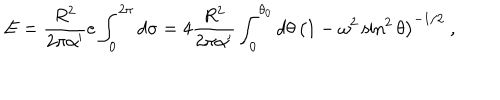
LaTeX: E = { \frac { R ^ { 2 } } { 2 \pi \alpha ^ { \prime } } } e \int _ { 0 } ^ { 2 \pi } d \sigma = 4 { \frac { R ^ { 2 } } { 2 \pi \alpha ^ { \prime } } } \int _ { 0 } ^ { \theta _ { 0 } } d \theta \, \left( 1 - \omega ^ { 2 } \sin ^ { 2 } \theta \right) ^ { - 1 / 2 } \ ,